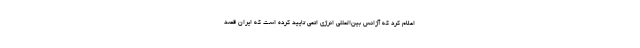
اعلام کرد که آژانس بین‌المللی انرژی اتمی تایید کرده است که ایران قصد